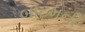
બોટમની